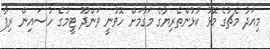
މިއަދު މެޗުގެ މޮޅު ކުޅުންތެރިޔާގެ މަގާމަށް ހޮވުނީ ވަންދޫ ޓީމުގެ ހުސައިން ރިފާ